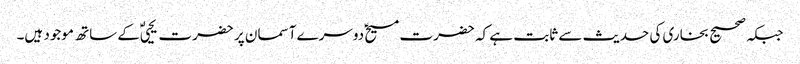
جبکہ صحیح بخاری کی حدیث سے ثابت ہے کہ حضرت مسیحؑ دوسرے آسمان پر حضرت یحییٰؑ کے ساتھ موجود ہیں۔